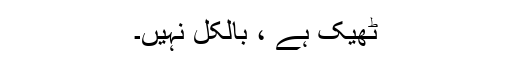
ٹھیک ہے ، بالکل نہیں۔